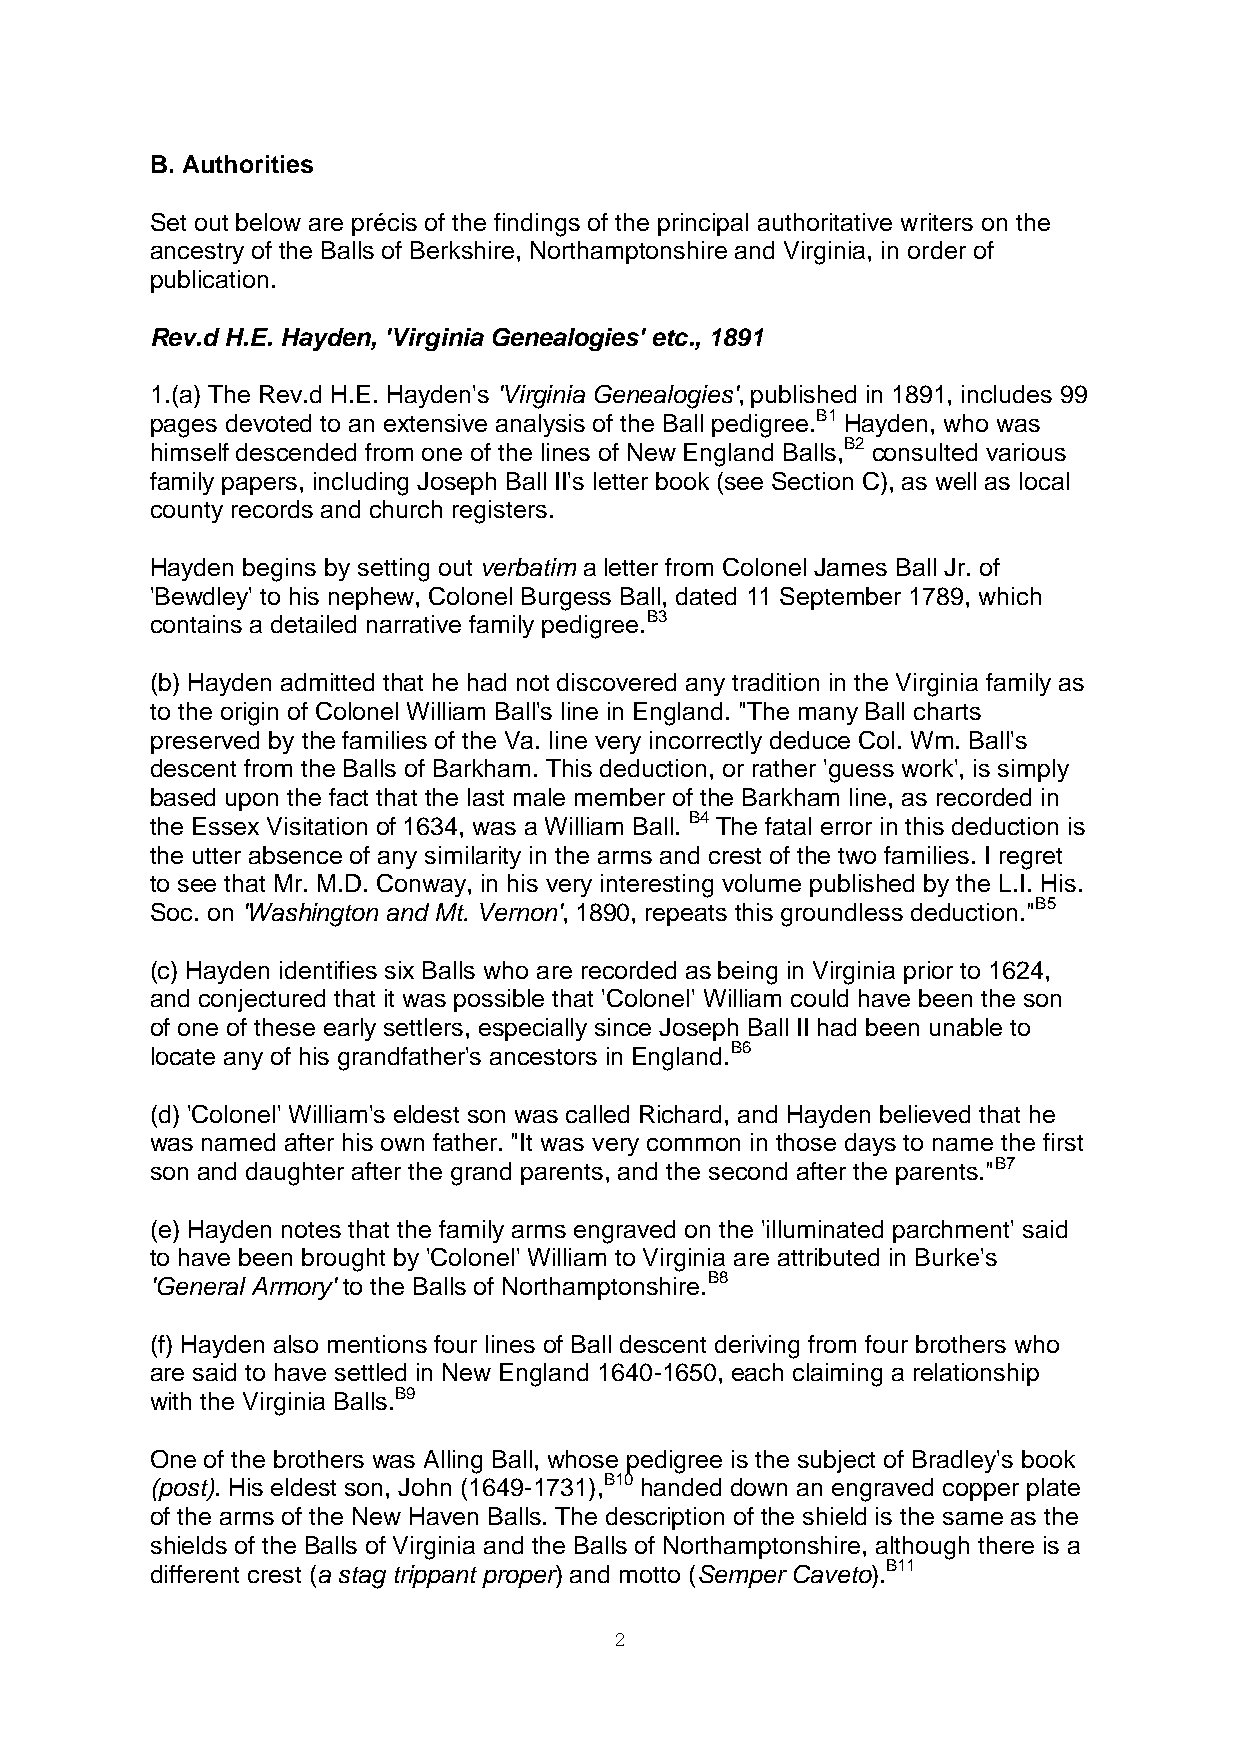
B. Authorities
 Set out below are précis of the findings of the principal authoritative writers on the
 ancestry of the Balls of Berkshire, Northamptonshire and Virginia, in order of
 publication.
 Rev.d H.E. Hayden, 'Virginia Genealogies' etc., 1891
 1.(a) The Rev.d H.E. Hayden's 'Virginia Genealogies', published in 1891, includes 99
 pages devoted to an extensive analysis of the Ball pedigree.B1 Hayden, who was
 himself descended from one of the lines of New England Balls,B2 consulted various
 family papers, including Joseph Ball II's letter book (see Section C), as well as local
 county records and church registers.
 Hayden begins by setting out verbatim a letter from Colonel James Ball Jr. of
 'Bewdley' to his nephew, Colonel Burgess Ball, dated 11 September 1789, which
 contains a detailed narrative family pedigree.B3
 (b) Hayden admitted that he had not discovered any tradition in the Virginia family as
 to the origin of Colonel William Ball's line in England. "The many Ball charts
 preserved by the families of the Va. line very incorrectly deduce Col. Wm. Ball's
 descent from the Balls of Barkham. This deduction, or rather 'guess work', is simply
 based upon the fact that the last male member of the Barkham line, as recorded in
 the Essex Visitation of 1634, was a William Ball. B4 The fatal error in this deduction is
 the utter absence of any similarity in the arms and crest of the two families. I regret
 to see that Mr. M.D. Conway, in his very interesting volume published by the L.I. His.
 Soc. on 'Washington and Mt. Vernon', 1890, repeats this groundless deduction."B5
 (c) Hayden identifies six Balls who are recorded as being in Virginia prior to 1624,
 and conjectured that it was possible that 'Colonel' William could have been the son
 of one of these early settlers, especially since Joseph Ball II had been unable to
 locate any of his grandfather's ancestors in England.B6
 (d) 'Colonel' William's eldest son was called Richard, and Hayden believed that he
 was named after his own father. "It was very common in those days to name the first
 son and daughter after the grand parents, and the second after the parents."B7
 (e) Hayden notes that the family arms engraved on the 'illuminated parchment' said
 to have been brought by 'Colonel' William to Virginia are attributed in Burke's
 'General Armory' to the Balls of Northamptonshire.B8
 (f) Hayden also mentions four lines of Ball descent deriving from four brothers who
 are said to have settled in New England 1640-1650, each claiming a relationship
 with the Virginia Balls.B9
 One of the brothers was Alling Ball, whose pedigree is the subject of Bradley's book
 (post). His eldest son, John (1649-1731),B10 handed down an engraved copper plate
 of the arms of the New Haven Balls. The description of the shield is the same as the
 shields of the Balls of Virginia and the Balls of Northamptonshire, although there is a
 different crest (a stag trippant proper) and motto (Semper Caveto).B11
 2